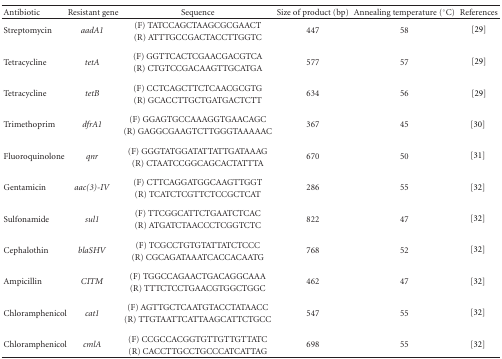
<table><thead><tr><td><b>Antibiotic</b></td><td><b>Resistant gene</b></td><td><b>Sequence</b></td><td><b>Size of product (bp)</b></td><td><b>Annealing temperature (°C)</b></td><td><b>References</b></td></tr></thead><tbody><tr><td rowspan="2">Streptomycin</td><td rowspan="2"><i>aadA1 </i></td><td>(F) TATCCAGCTAAGCGCGAACT</td><td rowspan="2">447</td><td rowspan="2">58</td><td rowspan="2">[29]</td></tr><tr><td>(R) ATTTGCCGACTACCTTGGTC</td></tr><tr><td rowspan="2">Tetracycline</td><td rowspan="2"><i>tetA </i></td><td>(F) GGTTCACTCGAACGACGTCA</td><td rowspan="2">577</td><td rowspan="2">57</td><td rowspan="2">[29]</td></tr><tr><td>(R) CTGTCCGACAAGTTGCATGA</td></tr><tr><td rowspan="2">Tetracycline</td><td rowspan="2"><i>tetB </i></td><td>(F) CCTCAGCTTCTCAACGCGTG</td><td rowspan="2">634</td><td rowspan="2">56</td><td rowspan="2">[29]</td></tr><tr><td>(R) GCACCTTGCTGATGACTCTT</td></tr><tr><td rowspan="2">Trimethoprim</td><td rowspan="2"><i>dfrA1 </i></td><td>(F) GGAGTGCCAAAGGTGAACAGC</td><td rowspan="2">367</td><td rowspan="2">45</td><td rowspan="2">[30] </td></tr><tr><td>(R) GAGGCGAAGTCTTGGGTAAAAAC</td></tr><tr><td rowspan="2">Fluoroquinolone</td><td rowspan="2"><i>qnr </i></td><td>(F) GGGTATGGATATTATTGATAAAG</td><td rowspan="2">670</td><td rowspan="2">50</td><td rowspan="2">[31] </td></tr><tr><td>(R) CTAATCCGGCAGCACTATTTA</td></tr><tr><td rowspan="2">Gentamicin</td><td rowspan="2"><i>aac(3)-IV </i></td><td>(F) CTTCAGGATGGCAAGTTGGT</td><td rowspan="2">286</td><td rowspan="2">55</td><td rowspan="2">[32] </td></tr><tr><td>(R) TCATCTCGTTCTCCGCTCAT</td></tr><tr><td rowspan="2">Sulfonamide</td><td rowspan="2"><i>sul1 </i></td><td>(F) TTCGGCATTCTGAATCTCAC</td><td rowspan="2">822</td><td rowspan="2">47</td><td rowspan="2">[32] </td></tr><tr><td>(R) ATGATCTAACCCTCGGTCTC</td></tr><tr><td rowspan="2">Cephalothin</td><td rowspan="2"><i>blaSHV </i></td><td>(F) TCGCCTGTGTATTATCTCCC</td><td rowspan="2">768</td><td rowspan="2">52</td><td rowspan="2">[32] </td></tr><tr><td>(R) CGCAGATAAATCACCACAATG</td></tr><tr><td rowspan="2">Ampicillin</td><td rowspan="2"><i>CITM </i></td><td>(F) TGGCCAGAACTGACAGGCAAA</td><td rowspan="2">462</td><td rowspan="2">47</td><td rowspan="2">[32] </td></tr><tr><td>(R) TTTCTCCTGAACGTGGCTGGC</td></tr><tr><td rowspan="2">Chloramphenicol</td><td rowspan="2"><i>cat1 </i></td><td>(F) AGTTGCTCAATGTACCTATAACC</td><td rowspan="2">547</td><td rowspan="2">55</td><td rowspan="2">[32] </td></tr><tr><td>(R) TTGTAATTCATTAAGCATTCTGCC</td></tr><tr><td rowspan="2">Chloramphenicol</td><td rowspan="2"><i>cmlA </i></td><td>(F) CCGCCACGGTGTTGTTGTTATC</td><td rowspan="2">698</td><td rowspan="2">55</td><td rowspan="2">[32] </td></tr><tr><td>(R) CACCTTGCCTGCCCATCATTAG</td></tr></tbody></table>